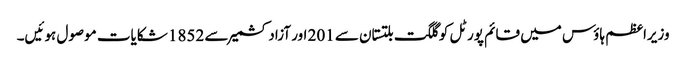
وزیراعظم ہاؤس میں قائم پورٹل کو گلگت بلتستان سے 201 اور آزاد کشمیر سے 1852 شکایات موصول ہوئیں۔